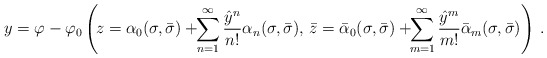
\begin{align*}y=\varphi-\varphi_0\left(\!z=\alpha_0(\sigma,\bar{\sigma})+\!\!\sum^{\infty}_{n=1}\frac{{\hat{y}}^n}{n!}\alpha_n(\sigma,\bar{\sigma}),\,\bar{z}=\bar{\alpha}_0(\sigma,\bar{\sigma})+\!\!\sum^{\infty}_{m=1}\frac{{\hat{y}}^m}{m!}\bar{\alpha}_m(\sigma,\bar{\sigma})\right)\,.\end{align*}